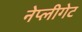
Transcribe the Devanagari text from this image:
नेप्लीगेट